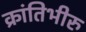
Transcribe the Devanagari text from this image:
क्रांतिभीरु